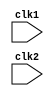
`timescale 1ns / 1ps
//////////////////////////////////////////////////////////////////////////////////
// Company: 
// Engineer: 
// 
// Design Name: 
// Module Name: pipelined_processor
// Project Name: 
// Target Devices: 
// Tool Versions: 
// Description: 
// 
// Dependencies: 
// 
// Revision:
// Revision 0.01 - File Created
// Additional Comments:
// 
//////////////////////////////////////////////////////////////////////////////////


module pipelined_processor(
input clk1, clk2        //two-phase clock
    );
    
    reg [31:0] PC, IF_ID_IR, IF_ID_NPC;
    reg [31:0] ID_EX_IR, ID_EX_NPC, ID_EX_A, ID_EX_B, ID_EX_Imm ;
    reg [2:0] ID_EX_type, EX_MEM_type, MEM_WB_type;
    reg [31:0] EX_MEM_IR, EX_MEM_ALUOut, EX_MEM_B;
    reg EX_MEM_cond;
    reg [31:0] MEM_WB_IR, MEM_WB_ALUOut, MEM_WB_LMD;
    
    reg [31:0] reg_bank [0:31];         //32*32 Register Bank
    reg [31:0] mem [0:1023];        //1024*32 Memory
    
    reg HALTED;     //set after HLT instruction is completed (in WB stage)
    reg TAKEN_BRANCH;       //Required to disable instructions after branch
    
    parameter ADD = 6'b000000, SUB = 6'b000001, AND =6'b000010, OR = 6'b000011,
    SLT = 6'b000100, MUL = 6'b000101, HLT = 6'b111111, LW = 6'b001000,
    SW = 6'b001001, ADDI = 6'b001010, SUBI = 6'b001011, SLTI = 6'b001100,
    BNEQZ = 6'b001101, BEQZ = 6'b001110;
    
    parameter RR_ALU = 3'b000, RM_ALU = 3'b001, LOAD = 3'b010, STORE = 3'b011, BRANCH = 3'b100, HALT = 3'b101;
    
    
    //**Instruction Fetch stage**
    always @(posedge clk1)begin
    if(HALTED == 0) begin
    if(((EX_MEM_IR[31:26] == BEQZ)&&(EX_MEM_cond == 1))||((EX_MEM_IR[31:26] == BNEQZ)&&(EX_MEM_cond == 0))) begin
    IF_ID_IR <= #2 mem[EX_MEM_ALUOut];
    TAKEN_BRANCH <= #2 1'b1;
    IF_ID_NPC <= #2 EX_MEM_ALUOut + 1;
    PC <= #2 EX_MEM_ALUOut + 1;
    end
    else begin
     IF_ID_IR <= #2 mem[PC];
     IF_ID_NPC <= #2 PC + 1;
     PC <= #2 PC + 1;
    end
    end
    end
    
    
    
    //**Instruction Decode Stage**
    always @(posedge clk2) begin
    if(HALTED == 0) begin
    if(IF_ID_IR[25:21] == 5'b00000)
    ID_EX_A <= 0;
    else ID_EX_A <= #2 reg_bank[IF_ID_IR[25:21]];       //first source reg (rs)
    
    if(IF_ID_IR[20:16] == 5'b00000)
    ID_EX_B <= 0;
    else ID_EX_B <= #2 reg_bank[IF_ID_IR[20:16]];       //second source reg (rt)
    
    ID_EX_NPC <= #2 IF_ID_NPC;
    ID_EX_IR <= #2 IF_ID_IR;
    ID_EX_Imm <= #2 {{16{IF_ID_IR[15]}},{IF_ID_IR[15:0]}};      //sign extention
    
    case(IF_ID_IR[31:26])
    ADD, SUB, AND, OR, SLT, MUL : ID_EX_type <= #2 RR_ALU;
    ADDI, SUBI, SLTI : ID_EX_type <= #2 RM_ALU;
    LW : ID_EX_type <= #2 LOAD;
    SW : ID_EX_type <= #2 STORE;
    BNEQZ, BEQZ : ID_EX_type <= #2 BRANCH;
    HLT : ID_EX_type <= #2 HALT;
    default : ID_EX_type <= #2 HALT;        //Invalid Instruction
    endcase
    end
    end
    
    
    
    //**Execution Cycle**
    always @(posedge clk1) begin
    if(HALTED == 0)begin
    EX_MEM_type <= #2 ID_EX_type;
    EX_MEM_IR <= #2 ID_EX_IR;
    TAKEN_BRANCH <= #2 0;
    
    case(ID_EX_type)
    RR_ALU : begin
    case(ID_EX_IR[31:26])
    ADD : EX_MEM_ALUOut <= #2 ID_EX_A + ID_EX_B;
    SUB : EX_MEM_ALUOut <= #2 ID_EX_A - ID_EX_B;
    AND : EX_MEM_ALUOut <= #2 ID_EX_A & ID_EX_B;
    OR : EX_MEM_ALUOut <= #2 ID_EX_A | ID_EX_B;
    SLT : EX_MEM_ALUOut <= #2 ID_EX_A < ID_EX_B;
    MUL : EX_MEM_ALUOut <= #2 ID_EX_A * ID_EX_B;
    default : EX_MEM_ALUOut <= #2 32'hffffffff;
    endcase
    end
    RM_ALU : begin
    case(ID_EX_IR[31:26])      //checking opcode
    ADDI : EX_MEM_ALUOut <= #2 ID_EX_A + ID_EX_Imm;
    SUBI : EX_MEM_ALUOut <= #2 ID_EX_A - ID_EX_Imm;
    SLTI : EX_MEM_ALUOut <= #2 ID_EX_A < ID_EX_Imm;
    default : EX_MEM_ALUOut <= #2 32'hffffffff;
    endcase
    end
    LOAD, STORE : begin
    EX_MEM_ALUOut <= #2 ID_EX_A + ID_EX_Imm;
    EX_MEM_B <= #2 ID_EX_B;
    end
    BRANCH :begin
    EX_MEM_ALUOut <= #2 ID_EX_NPC + ID_EX_Imm;
    EX_MEM_cond <= #2 (ID_EX_A == 0);
    end
    endcase
    end
    end
    
    
    
    //**Memory Access Stage**
    always @(posedge clk2) begin
    if(HALTED == 0) begin
    MEM_WB_type <= #2 EX_MEM_type;
    MEM_WB_IR <= #2 EX_MEM_IR;
    
    case(EX_MEM_type)
    RR_ALU : MEM_WB_ALUOut <= #2 EX_MEM_ALUOut;
    LOAD : MEM_WB_LMD <= #2 mem[EX_MEM_ALUOut];
    STORE : if(TAKEN_BRANCH == 0)       //disable write
    mem[EX_MEM_ALUOut] <= #2 EX_MEM_B;
    endcase
    end
    end
    
    
    
    //**Write Back Stage**
    always @(posedge clk1) begin
    if(TAKEN_BRANCH == 0) begin
    case(MEM_WB_type)
    RR_ALU : reg_bank[MEM_WB_IR[15:11]] <= #2 MEM_WB_ALUOut;        //rd
    RM_ALU : reg_bank[MEM_WB_IR[20:16]] <= #2 MEM_WB_ALUOut;        //rt
    LOAD : reg_bank[MEM_WB_IR[20:16]] <= #2 MEM_WB_LMD;     //rt
    HALT : HALTED <= #2 1'b1;
    endcase
    end
    end
    
endmodule